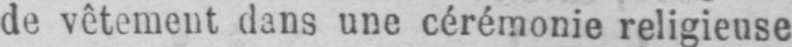
de vêtement dans une cérémonie religieuse